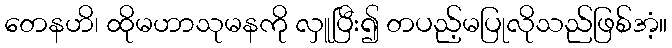
တေနဟိ၊ ထိုမဟာသုမနကို လှူပြီး၍ တပည့်မပြုလိုသည်ဖြစ်အံ့။